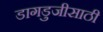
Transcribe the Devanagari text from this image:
डागडुजीसाठी